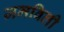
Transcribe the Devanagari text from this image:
जमविली